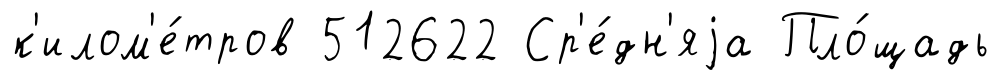
к'илом'е́тров 512622 Ср'е́дн'яjа Пло́щадь